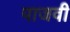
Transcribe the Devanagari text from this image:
पाजवी